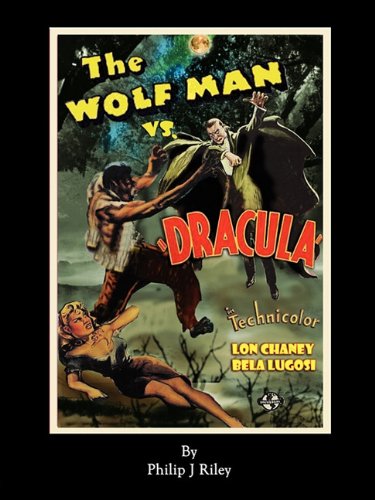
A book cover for The Wolf Man vs. Dracula: An Alternate History for Classic Film Monsters; Philip J. Riley; Humor & Entertainment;